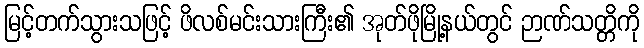
မြင့်တက်သွားသဖြင့် ဖိလစ်မင်းသားကြီး၏ အုတ်ဖိုမြို့နယ်တွင် ဉာဏ်သတ္တိကို